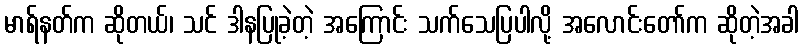
မာရ်နတ်က ဆိုတယ်၊ သင် ဒါနပြုခဲ့တဲ့ အကြောင်း သက်သေပြပါလို့ အလောင်းတော်က ဆိုတဲ့အခါ